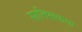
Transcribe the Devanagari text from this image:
सातिसफया